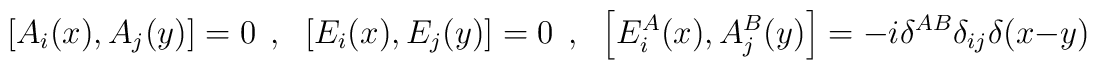
\left[ A_i(x),A_j(y)\right]=0~~,~~\left[E_i(x),E_j(y)\right]=0~~,~~\left[ E^A_i(x),A^B_j(y)\right]=-i\delta^{AB}\delta_{ij}\delta(x-y)